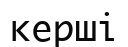
керші